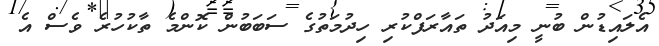
އެލައިޑުން ބުނީ މިއަދު ތައާރަފްކުރި ހިދުމަތުގެ ސަބަބުން ކޮންމެ ތާކުހުރެ ވެސް އެ